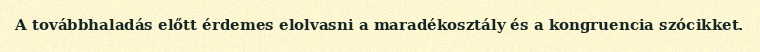
A továbbhaladás előtt érdemes elolvasni a maradékosztály és a kongruencia szócikket.